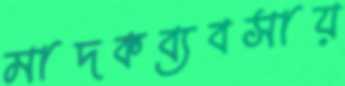
মাদকব্যবসায়